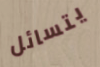
يتسائل